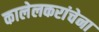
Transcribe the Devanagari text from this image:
कालेलकरांचेना